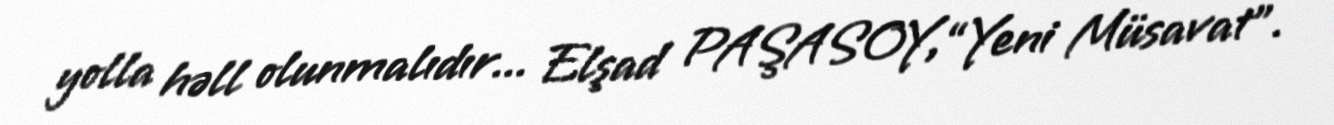
yolla həll olunmalıdır... Elşad PAŞASOY,“Yeni Müsavat”.